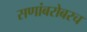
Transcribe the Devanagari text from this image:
सणांबरोबरच